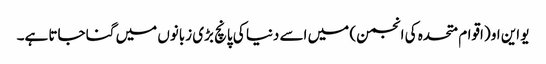
یو این او (اقوام متحدہ کی انجمن) میں اسے دنیا کی پانچ بڑی زبانوں میں گنا جاتا ہے۔